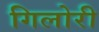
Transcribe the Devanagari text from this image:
गिलोरी